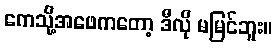
ကေသို့်အဖေကတော့ ဒီလို မမြင်ဘူး။